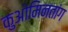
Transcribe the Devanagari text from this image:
कुओमिनतांग